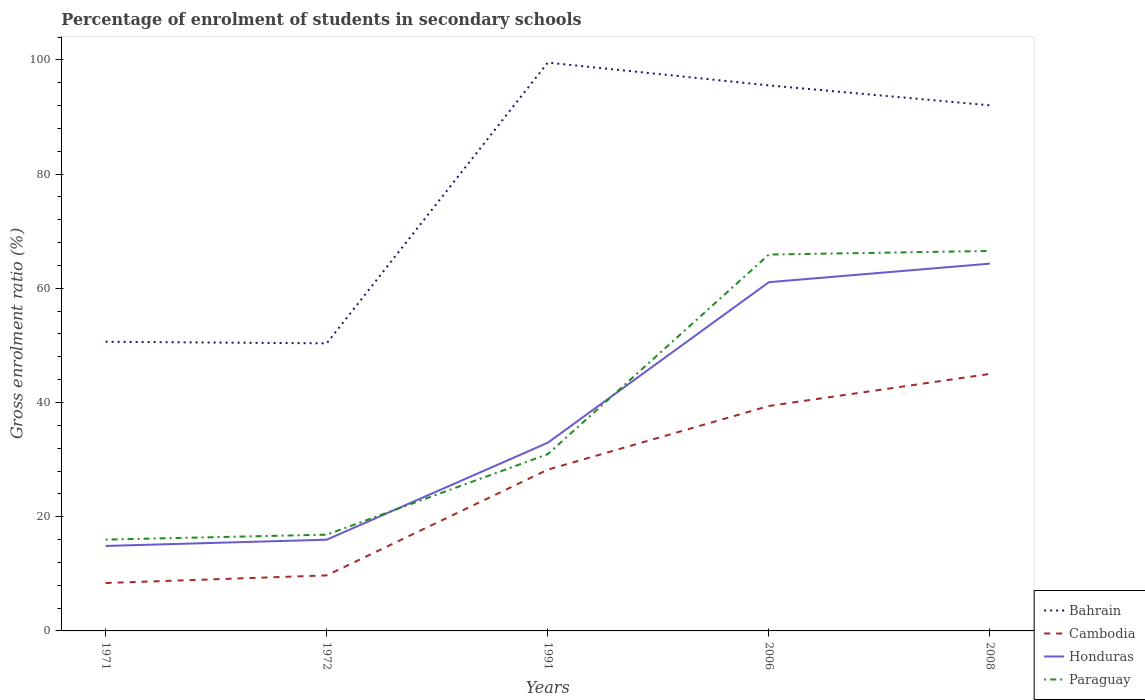
| Years | Bahrain | Cambodia | Honduras | Paraguay |
 | --- | --- | --- | --- | --- |
 | 1971 | 50.6 | 8.39 | 14.9 | 16 |
 | 1972 | 50.4 | 9.72 | 16 | 16.9 |
 | 1991 | 99.5 | 28.2 | 33 | 31 |
 | 2006 | 95.5 | 39.4 | 61.1 | 65.9 |
 | 2008 | 92 | 45 | 64.3 | 66.5 |